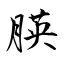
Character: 朠